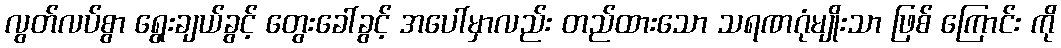
လွတ်လပ်စွာ ရွေးချယ်ခွင့် တွေးခေါ်ခွင့် အပေါ်မှာလည်း တည်ထားသော သရဏဂုံမျိုးသာ ဖြစ် ကြောင်း ကို